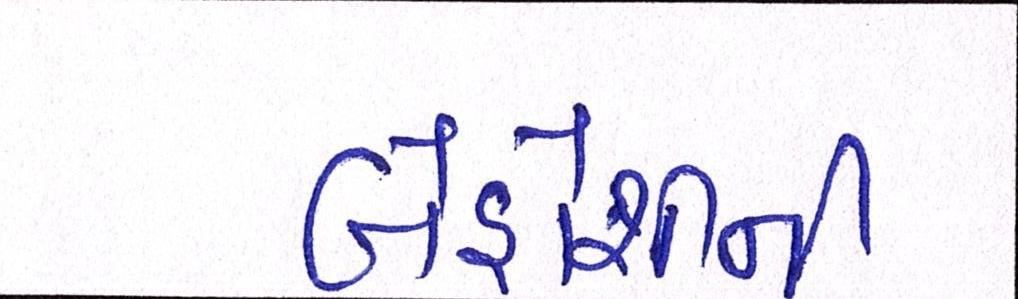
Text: બેહોશીની